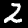
Label: 2